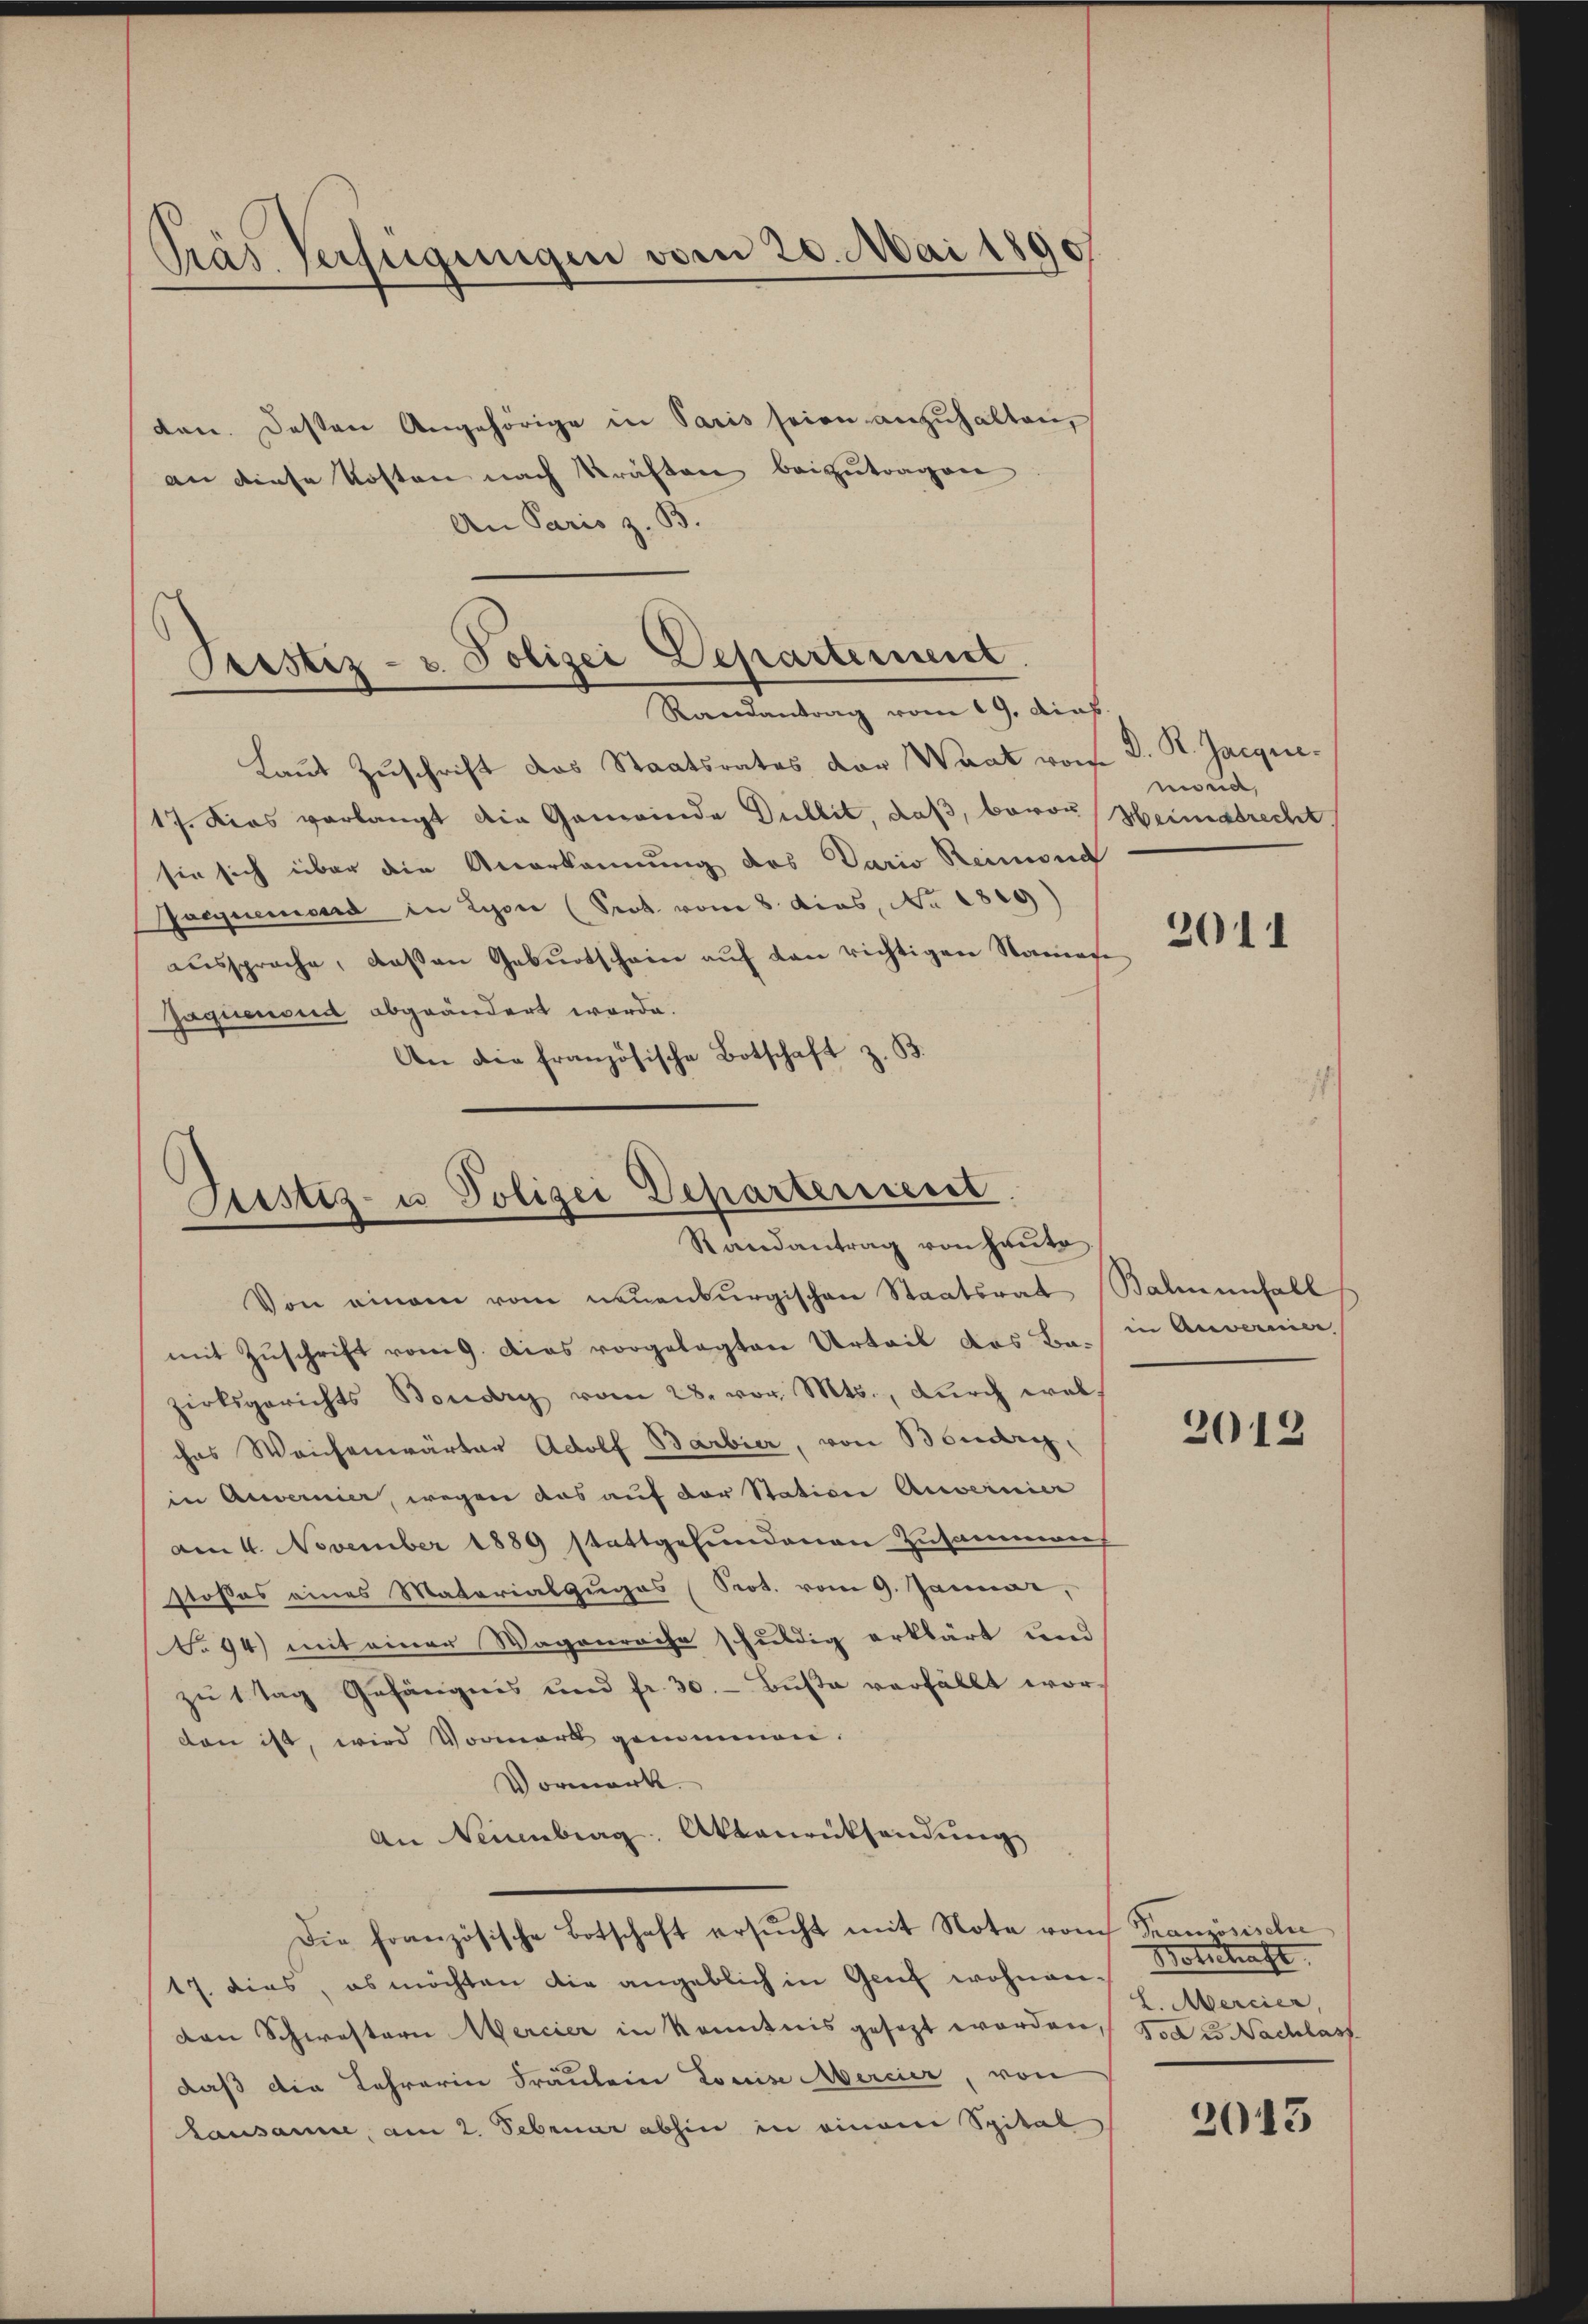
Pras Verfügungen vom 20. Mai 1890

den. Dessen Angehörige in Paris seien anzuhalten,
an diese Kosten nach Kräften beizutragen
An Paris z. B.

d
Pustiz- u. Polizei Departement
Randantrag vom 19. dief.

Laut Zuschrift das Staatsrates der Waat von D. R. Jacqui¬
17. Dies verlangt die Gemeinde Dullit, daß, Baron Heimatrecht.
sie sich über die Anerkennung des Dario Reimond
Frequenward in Lyon (Prok. vom 8. dies, No. 1829)
aŭssprache, daß an Gebŭrtschein aŭf den richtigen Namen
Jaguienoud abgeändert werde.
An die französische Botschaft z. B.

Justiz- u Polizei Departeniert
Randantrag von Hauto

Von einem vom neuenburgischen Staatsrat Balmenfall
mit Zuschrift vom 9. Das vorgelegten Urteil das Be- in Anverne
zirksgerichts Boudry vom 28. vor. Mts., durch welches Weichenwärter Adolf Barbier, von Boudry,
in Anvernier, wegen das auf der Station Anvernier
Am 4. November 1889 stattgefundenen Zusammens
stoßes eines Materialzuges (Prot. vom 9. Januar,
No 94) mit einer Wagonräche schuldig erklärt und
zu 1 Tag Gefängnis und fr. 30. - Buße verfällt worden ist, wird Vormerk genommen.
Vormerk
An Neuenbrag. Aktenrücksendung
Die französische Botschaft ersŭcht mit Note vom Französische
17. dies, es möchten die angeblich in Genf wohnenden Schwestern Mercier in kenntnis gesezt worden Tod u. Nachlass
daß die Lehrerin Fräulein Louise Mercier, von
Lausamme, am 2. Februar abhin in einem Spital

monia,

2011

2012

Notschaft
L. Mercier,

2013